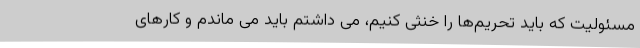
مسئولیت که باید تحریم‌ها را خنثی کنیم، می داشتم باید می ماندم و کارهای